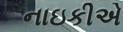
નાઇકીએ